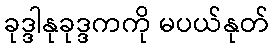
ခုဒ္ဒါနုခုဒ္ဒကကို မပယ်နုတ်